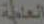
العامة